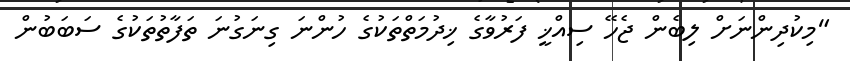
"މިކުދިންނަށް ލިބެން ޖެހޭ ސިއްޚީ ފަރުވާގެ ޚިދުމަތްތަކުގެ ހުންނަ ގިނަގުނަ ތަފާތުތަކުގެ ސަބަބުން